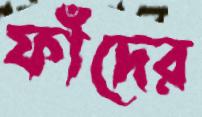
ফাঁদের